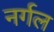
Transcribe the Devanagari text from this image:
नर्गल